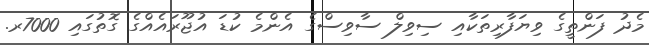
މެދު ފަންތީގެ ވިޔަފާރިތަކާއި ސިވިލް ސާވިސްގެ އެންމެ ކުޑަ އުޖޫރައެއްގެ ގޮތުގައި 7000ރ.